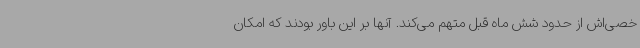
خصی‌اش از حدود شش ماه قبل متهم می‌کند. آنها بر این باور بودند که امکان